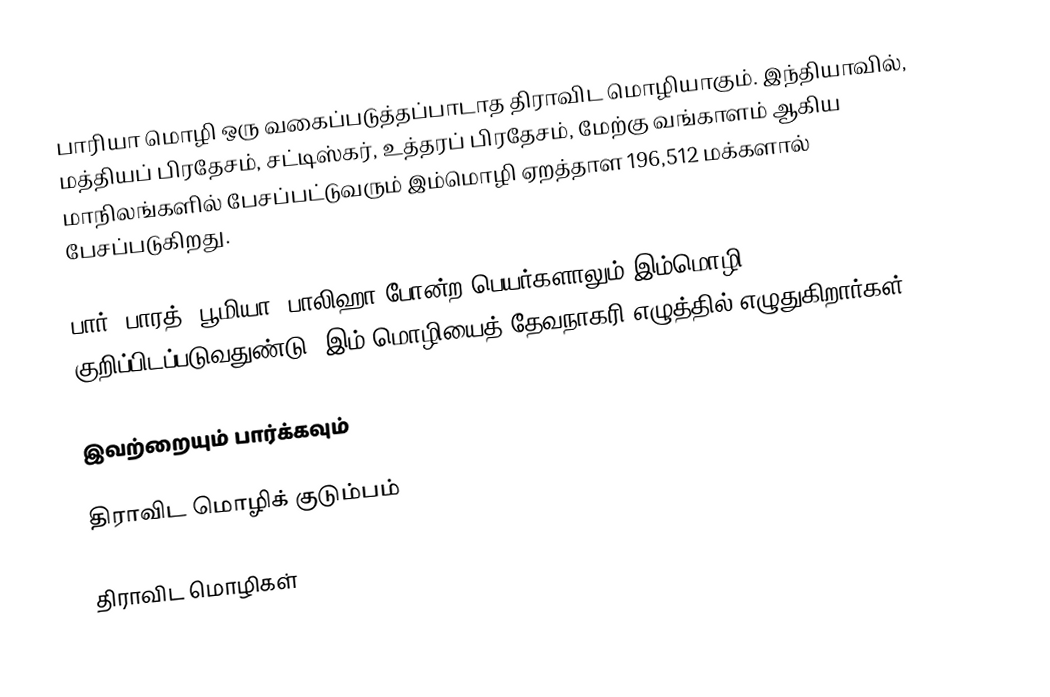
பாரியா மொழி ஒரு வகைப்படுத்தப்பாடாத திராவிட மொழியாகும். இந்தியாவில், மத்தியப் பிரதேசம், சட்டிஸ்கர், உத்தரப் பிரதேசம், மேற்கு வங்காளம் ஆகிய மாநிலங்களில் பேசப்பட்டுவரும் இம்மொழி ஏறத்தாள 196,512 மக்களால் பேசப்படுகிறது.

பார், பாரத், பூமியா, பாலிஹா போன்ற பெயர்களாலும் இம்மொழி குறிப்பிடப்படுவதுண்டு. இம் மொழியைத் தேவநாகரி எழுத்தில் எழுதுகிறார்கள்.

இவற்றையும் பார்க்கவும்

 திராவிட மொழிக் குடும்பம்

திராவிட மொழிகள்